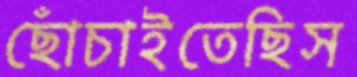
ছোঁচাইতেছিস